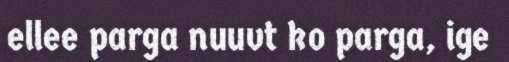
ellee parga nuuvt ko parga, ige